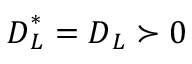
\boldsymbol { D } _ { L } ^ { * } = \boldsymbol { D } _ { L } \succ 0